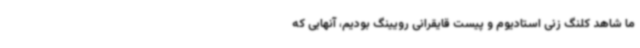
ما شاهد کلنگ زنی استادیوم و پیست قایقرانی رویینگ بودیم، آنهایی که